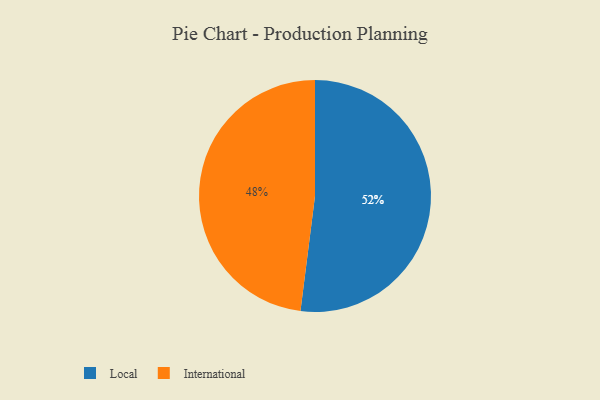
{"axis": {"x": "Category", "y": "Percentage"}, "legend": ["International", "Local"], "data": [{"x": "Local", "y": 52, "type": "Local"}, {"x": "International", "y": 48, "type": "International"}]}